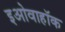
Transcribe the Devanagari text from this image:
इओवाहॉक